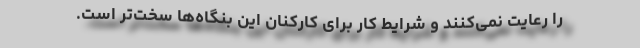
را رعایت نمی‌کنند و شرایط کار برای کارکنان این بنگاه‌ها سخت‌تر است.